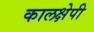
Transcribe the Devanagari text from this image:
कालक्षेपी